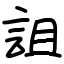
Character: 詛